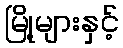
မြို့များနှင့်